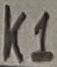
Text: K1